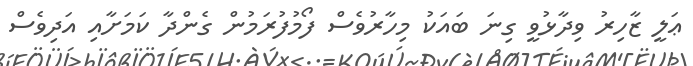
ޢަލީ ޒާހިރު ވިދާޅުވީ ގިނަ ބައަކު މިހާރުވެސް ފޯމުފުރަމުން ގެންދާ ކަމަށާއި އަދިވެސް